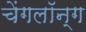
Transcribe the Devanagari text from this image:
चेंगलॉन्ग